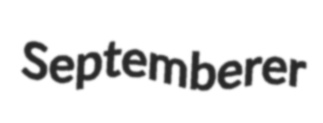
Septemberer